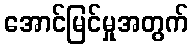
အောင်မြင်မှုအတွက်